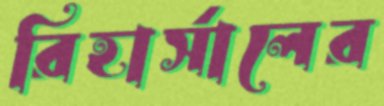
রিহার্সালের